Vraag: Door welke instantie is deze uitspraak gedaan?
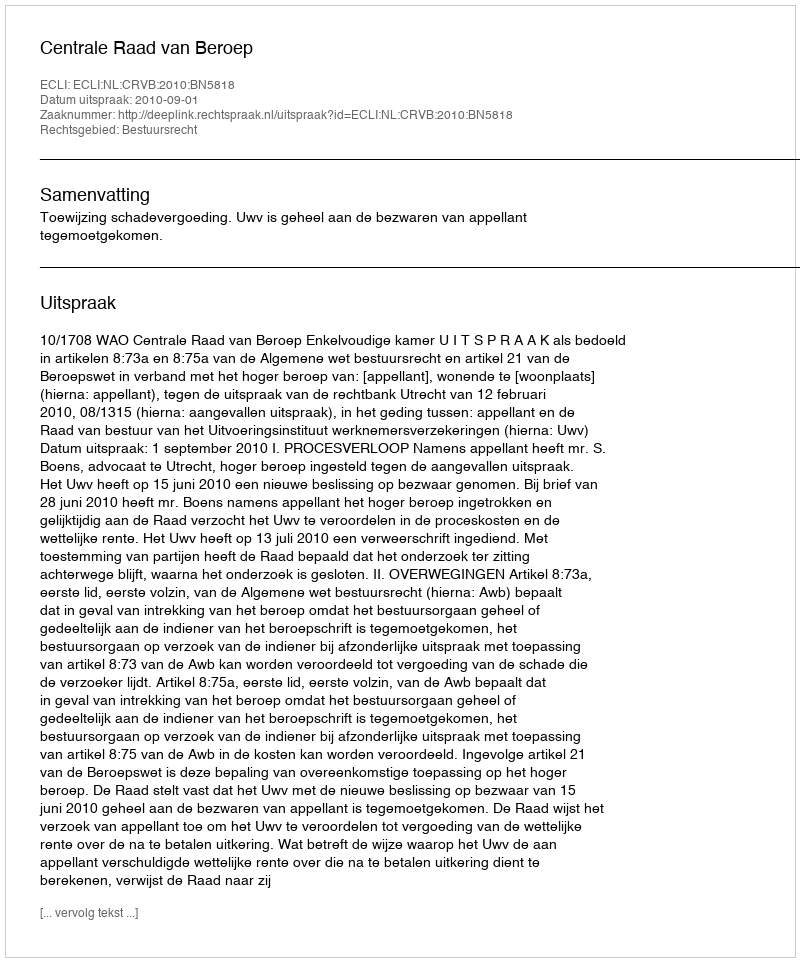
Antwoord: Centrale Raad van Beroep